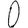
Digit: 0